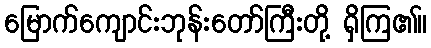
မြောက်ကျောင်းဘုန်းတော်ကြီးတို့ ရှိကြ၏။